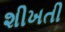
શીખતી